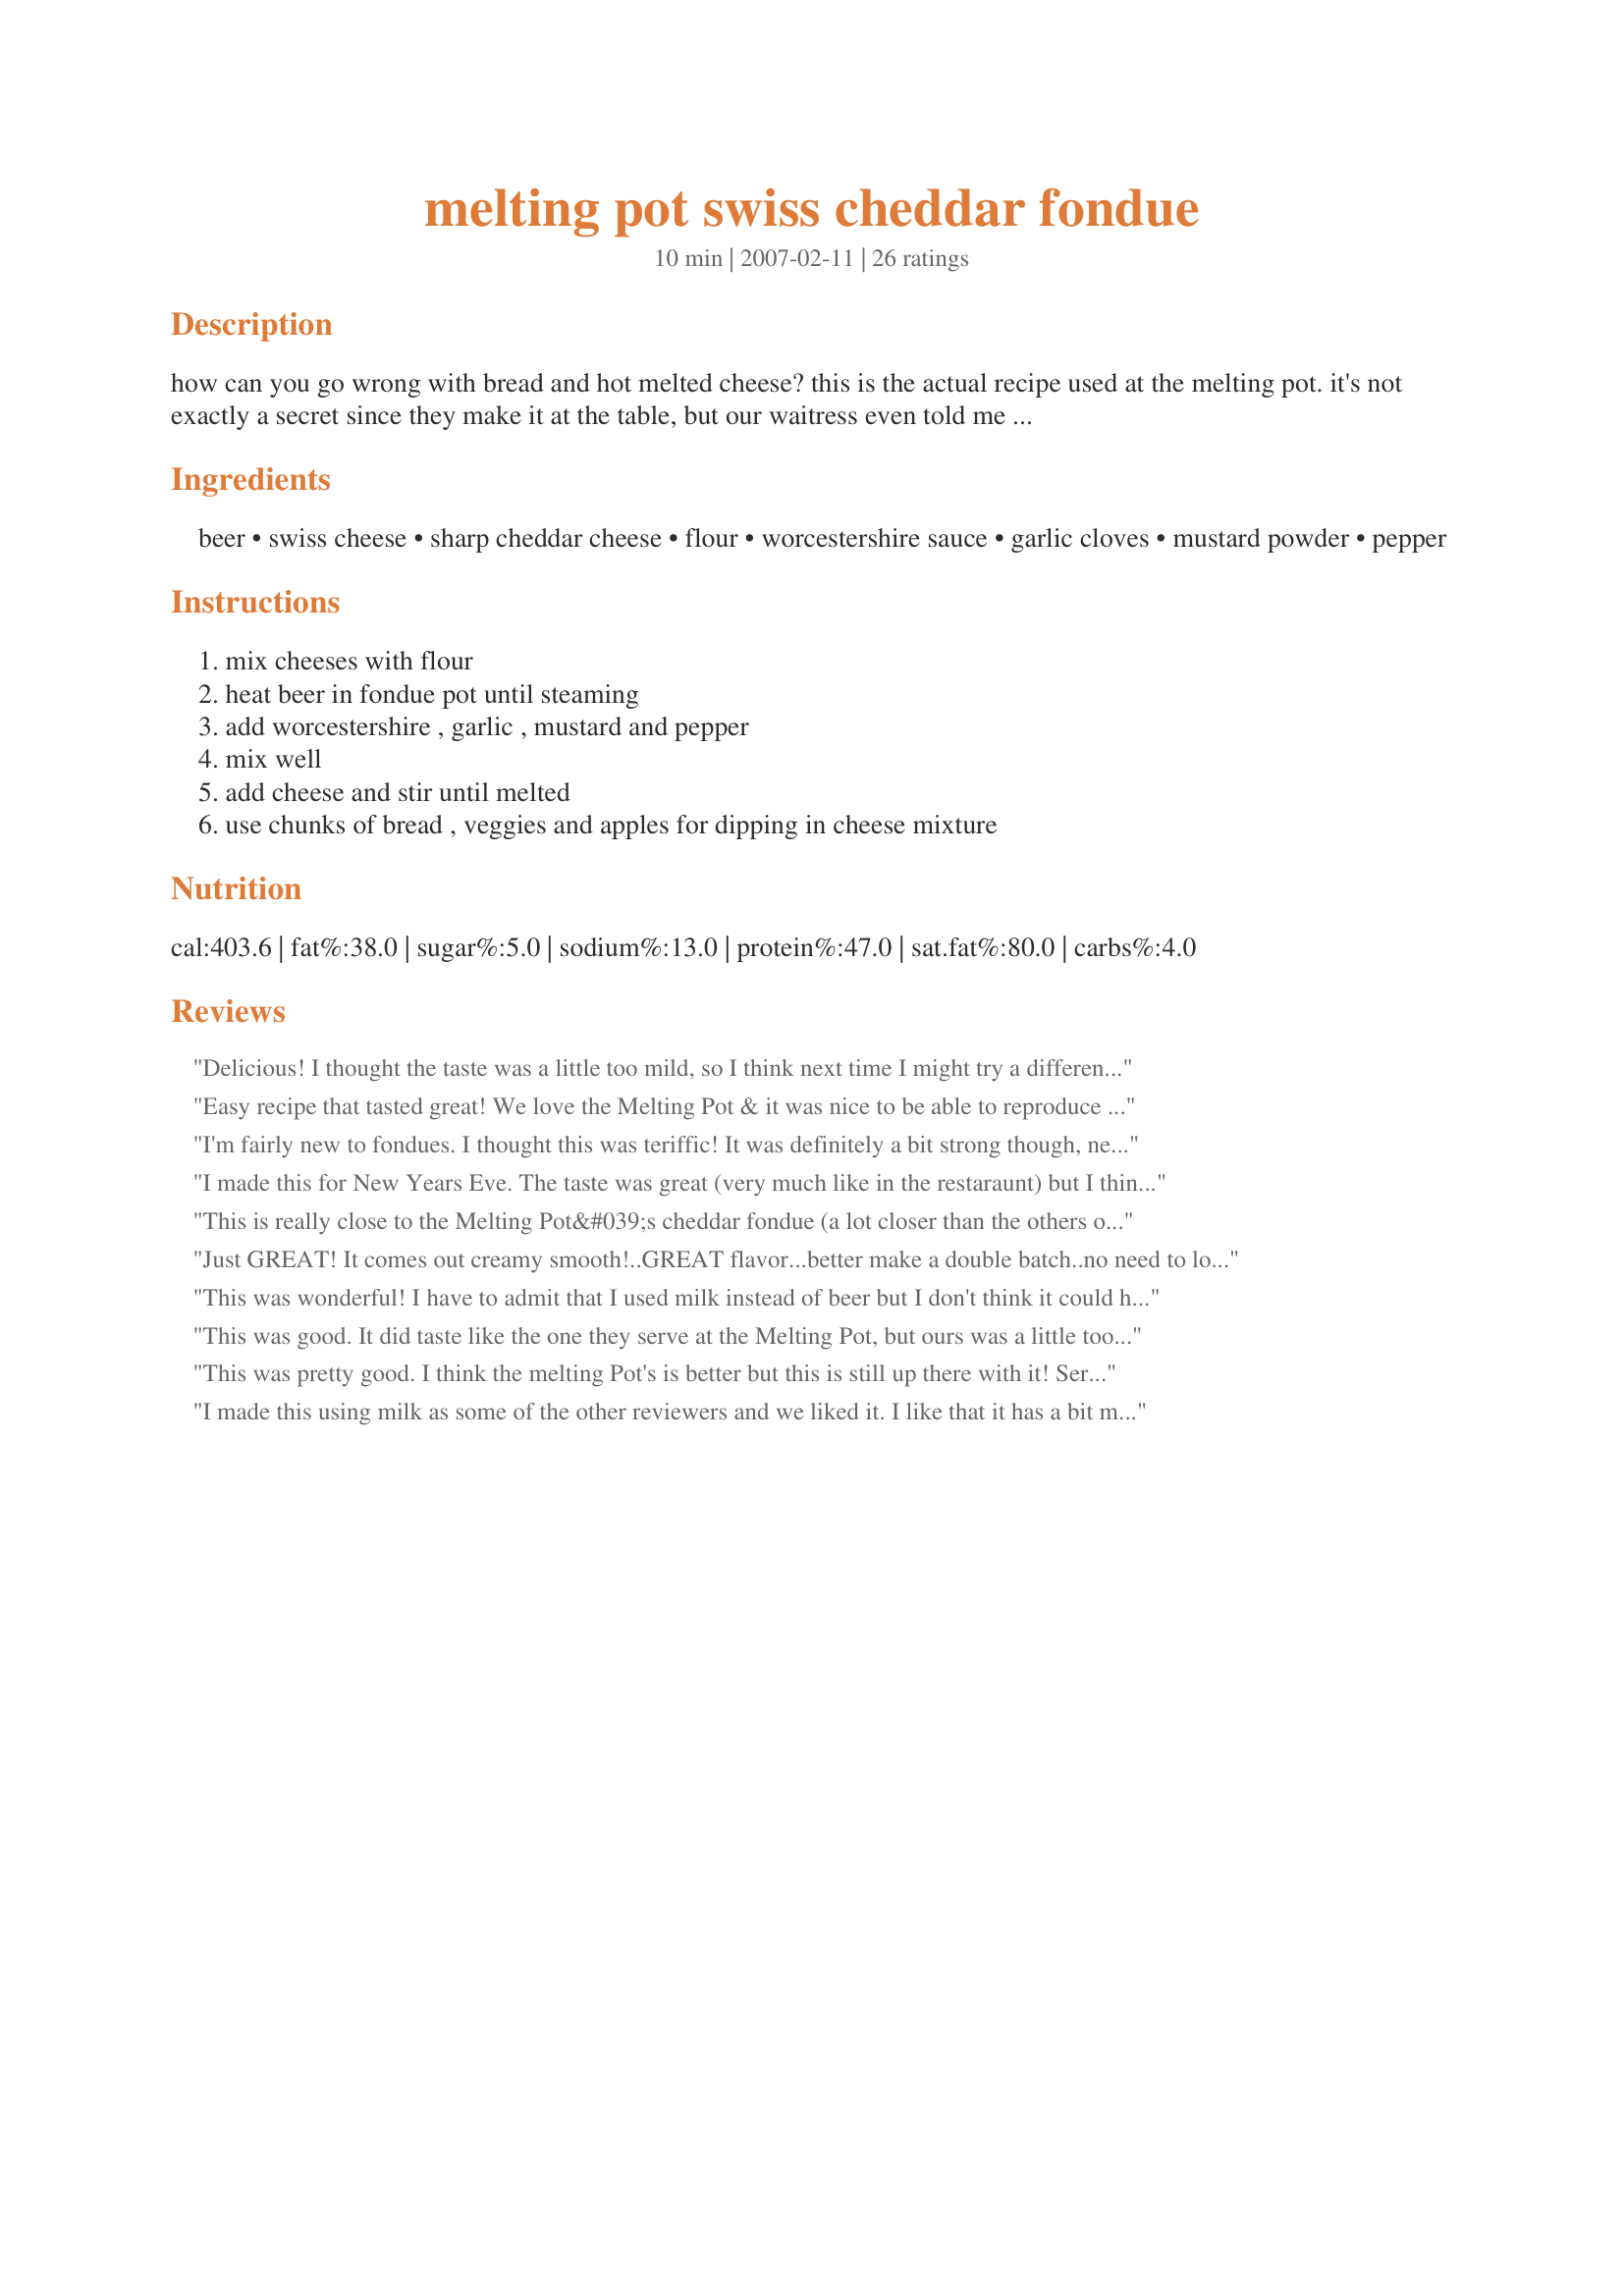
melting pot swiss cheddar fondue
Preparation time: 10 minutes

how can you go wrong with bread and hot melted cheese? this is the actual recipe used at the melting pot. it's not exactly a secret since they make it at the table, but our waitress even told me the exact amounts and i wrote them down!

Ingredients:
beer, swiss cheese, sharp cheddar cheese, flour, worcestershire sauce, garlic cloves, mustard powder, pepper

Steps:
mix cheeses with flour, heat beer in fondue pot until steaming, add worcestershire , garlic , mustard and pepper, mix well, add cheese and stir until melted, use chunks of bread , veggies and apples for dipping in cheese mixture

Reviews:
Delicious! I thought the taste was a little too mild, so I think next time I might try a different type of cheese but it was still really good and I'd love to make it again.
Easy recipe that tasted great!
We love the Melting Pot & it was nice to be able to reproduce this at home. I, too, couldn't find an Irish Swiss & used another mild instead ... tasted fine to us! The amounts listed worked great for us. Tart Granny Smith apples & a selection of crusty breads are our favorite with this.
I'm fairly new to fondues. I thought this was teriffic! It was definitely a bit strong though, next time I will probably look for an alternate way to cook it. Perhaps less beer or using milk instead... like a couple of other reviewers mentioned. Great recipe!
I made this for New Years Eve. The taste was great (very much like in the restaraunt) but I think the recipe calls for too much beer. The final product came out a bit soupy. Tasted wonderful... just a bit too much liquid. I will definitely make this again but will add less beer (or more cheese!)
This is really close to the Melting Pot&#039;s cheddar fondue (a lot closer than the others on this site), but the cheeses are reversed. At the Melting Pot it&#039;s 2 parts sharp cheddar and 1 part Emmenthaler cheese. I&#039;ve been going to the Melting Pot since the &#039;80&#039;s and have made it many times at home, so I know the recipe well. :-)
Just GREAT! It comes out creamy smooth!..GREAT flavor...better make a double batch..no need to look any further here for a better recipe for cheese fondue! 5 stars for sure!
This was wonderful! I have to admit that I used milk instead of beer but I don't think it could have tasted much better. :) Thanks for the great recipe, JenniferK2!
This was good. It did taste like the one they serve at the Melting Pot, but ours was a little too thin. We followed the recipe exactly and it still came out a little soupy. Next time we may use less beer. Still a good recipe. Thanks for posting!
This was pretty good. I think the melting Pot's is better but this is still up there with it! Served it with crusty bread, carrots, green apples, & cauliflower. I started out only adding about 8oz of the beer because some reviews said it was too runny- but found I needed all the beer Plus some milk (used milk because I didnt wanna add too much beer and end up over powering the cheese flavors) and that made it a consistency that was right. Also ended up using a little salt in this because we thought it was bland. Once I put the salt (about a half tsp), it brought the flavors out better and we loved it. Thanks will make it again!
I made this using milk as some of the other reviewers and we liked it. I like that it has a bit more seasoning. We will make it again. I would like to try it with broth or fake beer. We will make this again as we love fondue. We had it with steamed veggies, cooked smoked sausage and cubed bread.
Right now I&#039;m sitting here wishing I didn&#039;t eat that much. Wow was this good!..I used a block of Smoky Cheddar/Swiss with a side of swiss. It was not thin, it was perfect and I can&#039;t believe we just ate a half a loaf of bread. Worth every Bite! Made exactly as posted and I will make this again next year after I walk it off-LOL! Thanks for posting! Most excellent!!
I made this for a fondue party, and it was excellent! It's been a few years since I've been to the Melting Pot, but this certainly is on par with that from what I can remember! I did use quite a bit less beer than called for because the first batch I made was pretty runny...the second and third batches were perfect though! I highly recommend seeking out the irish swiss...that added a lot to the flavor.
This was a huge disappointment! I have eaten at the Melting Pot and made cheese fondue before, and this was by far the worst! Despite following all directions and ingredients to a T, the fondue was runny and had an overwhelming beer taste. The cheese never even fully melted, just clumped at the bottom. We added more cheese and flour to try to thicken the liquid, but to no avail. Such a disappointment!
YUM! I too used milk instead of beer and found I needed to use a *little* bit more than the recipe called for. otherwise followed it exactly and it was delicious! perfect amount of spices to cheese. thanks for a wonderful keeper!
We really enjoyed this! Made as directed, using Tillamook sharp cheddar and Jarlsberg swiss. It's important not to use pre-shredded cheese. Used a Bud Light and didn't find the beer flavor at all overpowering. In fact my 7 year-old son tasted and loved it. Served with bread cubes, multigrain and sourdough, rye pretzels, mushrooms cut in half, and baby carrots cut in half. Thanks for the sharing!
This was great! I used a darker beer so the color wasn't the same but the taste was outstanding. We'll be making this again and again.
I couldn't find any Irish Swiss, so I substituted with another Swiss cheese instead. This was our first "Christmas Eve Family Fondue" and my family loved it. Their favorite dipper for the cheese fondue was apple, I prefered the breads. The recipe was a great hit and we have decided to make this a Christmas Eve tradition.
I followed the recipe exactly as written. It tasted alright, although we found the beer flavour to be a bit overwhelming. And the texture wasn't quite right - kind of lumpy rather than smooth and creamy.
This was easy and delicious! I made a couple batches for a baby shower and everyone loved it. I mixed the pepper, mustard powder, flour and cheese in a zip-style bag to transport to the church so I only had to measure Worcestershire and garlic. A breeze! Everybody loved it and my sister and I fought over the leftovers. (I won. heehee)
It was so delicious. U had to subsitute the beer for milk though and i added more cheese to it but everyone loved it!
After reading some of the complaints of it being watery and soupy I thought I would mention this. When I went to the Melting Pot the waiter said the trick to keeping a good thickness is sprinkling a dash of corn starch on the cheeses to dry them out....otherwise you will have a ball of cheese and runny mess. Since I don&#039;t drink, we used bullion instead. Came out perfect and still so delicious!
My husband and I go to the Melting Pot a few times a year and this recipe really does taste like theirs. We often do this fondue because it's easy and even the kids love it. I do use more worcestershire for taste and more garlic....we live in WI so the cheese types aren't a problem here:) We do use all the flour and sometimes more to thicken it up. Thanks Jennifer for the wonderful recipe!!!
I started mine in a sauce pan, then transferred it to the fondue pot and it was perfect! Just use a medium flame on the stove (4-5 out of ten). It was a huge hit. Thank you!
Personally I've had better fondue. I think because of the flour the fondue was really thick which I didn't like. I'd probably make it again but with less flour and maybe not shredded cheese.
Wasn't sure if kids would care for this or not - I should not have worried.... it disappeared quickly. Served with French Bread, "Recipe #365665", cauliflower and broccoli. Yummy!
Made this as written except we cooked it in a heavy pot and then transferred it to the fondue pot to keep warm. The flavors were really good. The kids enjoyed it too. The main problem was that it became soupy after a short time. The cheese all clumped in the bottom and couldn't be stirred back into the mixture. It was just a stringy lump. Tasted good just hard to get cheese onto the dipping items.
